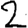
Digit: 2